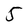
Character: 5